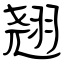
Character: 翘